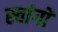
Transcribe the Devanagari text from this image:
स्वांगों